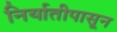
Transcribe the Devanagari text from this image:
निर्यातीपासून